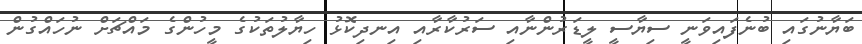
ބަޔާނުގައި ބުނެފައިވަނީ ސިޔާސީ ލީޑަރުންނާއި ސަރުކާރާއި އިނދިކޮޅު ހިޔާލުތަކުގެ މީހުންގެ މައްޗަށް ނުހައްގުން